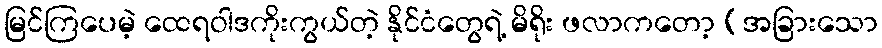
မြင်ကြပေမဲ့ ထေရဝါဒကိုးကွယ်တဲ့ နိုင်ငံတွေရဲ့ မိရိုး ဖလာကတော့ (အခြားသော